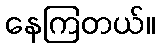
နေကြတယ်။